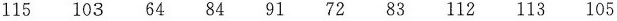
115 103 64 84 91 72 83 112 113